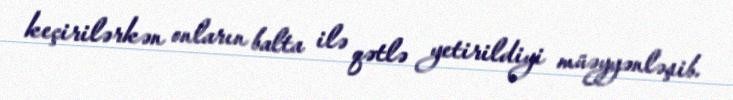
keçirilərkən onların balta ilə qətlə yetirildiyi müəyyənləşib.